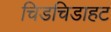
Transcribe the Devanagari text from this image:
चिडचिडाहट